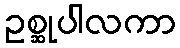
ဥစ္ဆုပါလကာ